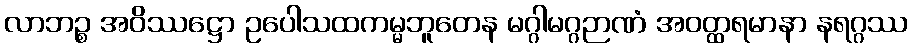
လာဘဉ္စ အဝိဿဋ္ဌော ဥပေါသထကမ္မဘူတေန မဂ္ဂါမဂ္ဂဉာဏံ အဝတ္ထရမာနာ နရဂ္ဂဿ